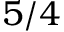
5 / 4